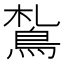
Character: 𩿤